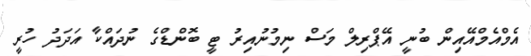
އެމްއެމްއޭއިން ބުނީ އޭޕްރިލް މަސް ނިމުނުއިރު ޓީ ބޮންޑްގެ ނުދައްކާ އަދަދު ހުރީ